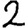
Digit: 2